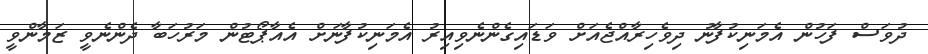
ދުވަސް ފަހުން އެމަނިކުފާނު ދިވެހިރާއްޖެއަށް ވަޑައިގެންނެވިއިރު އެމަނިކުފާނަށް އެއާޕޯޓުން މަރުހަބާ ދެންނެވީ ޒަމާންވީ